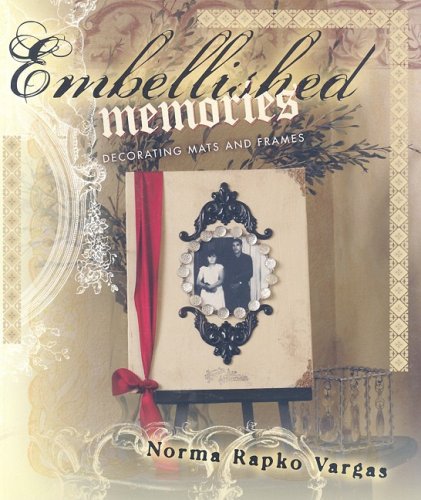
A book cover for Embellished Memories; Norma Vargas; Crafts, Hobbies & Home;